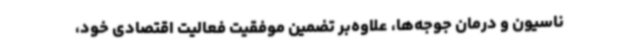
ناسیون و درمان جوجه‌ها، علاوه‌بر تضمین موفقیت فعالیت اقتصادی خود،